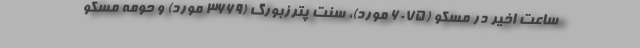
ساعت اخیر در مسکو (۶۰۷۵ مورد)، سنت پترزبورگ (۳۶۶۹ مورد) و حومه مسکو